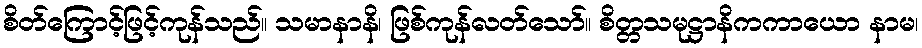
စိတ်ကြောင့်ဖြင့်ကုန်သည်။ သမာနာနိ၊ ဖြစ်ကုန်လတ်သော်။ စိတ္တသမုဋ္ဌာနိကကာယော နာမ၊